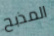
المذبح